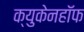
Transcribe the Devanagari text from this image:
क्युकेनहॉफ